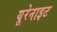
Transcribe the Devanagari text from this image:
यूरेनाइट